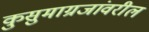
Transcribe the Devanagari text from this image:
कुसुमाग्रजांवरील